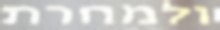
ולמחרת